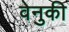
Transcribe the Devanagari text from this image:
वेनुकी